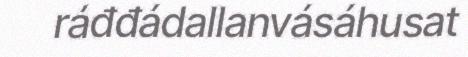
ráđđádallanvásáhusat